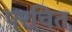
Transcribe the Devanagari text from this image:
परचित